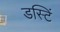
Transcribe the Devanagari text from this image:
डस्टिं